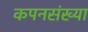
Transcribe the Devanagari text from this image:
कपनसंख्या